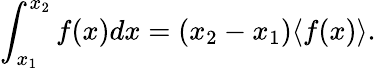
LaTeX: \int_{x_{1}}^{x_{2}}f(x)dx=(x_{2}-x_{1})\langle f(x)\rangle.